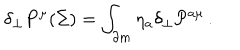
LaTeX: \delta _ { \perp } P ^ { \mu } ( \Sigma ) = \int _ { \partial m } \eta _ { a } \delta _ { \perp } { \cal P } ^ { a \mu } \, .